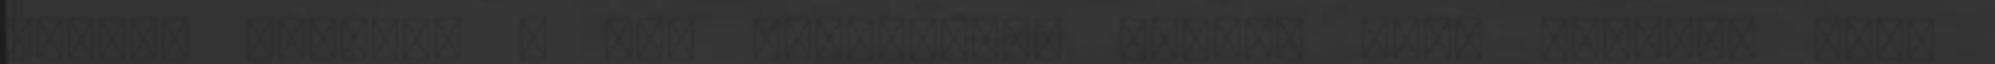
ölembe rántom. - Jól csináltad. Mondom neki halkan, mert